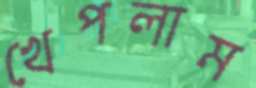
খেপলাম